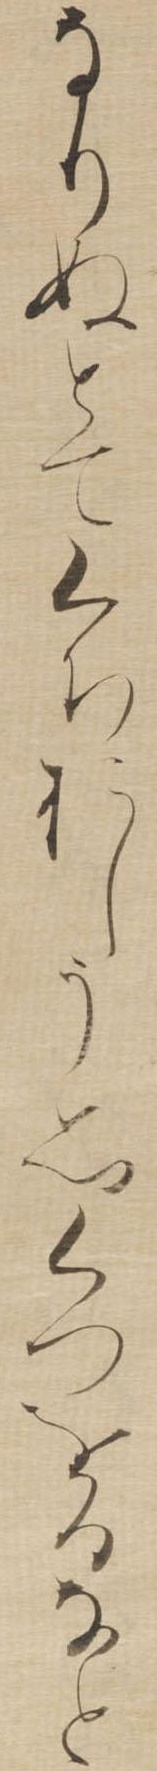
なりぬとてくちおしう思くつをるなと